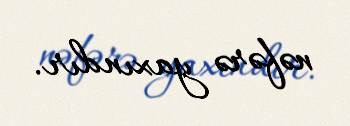
nəfərə yaxındır.